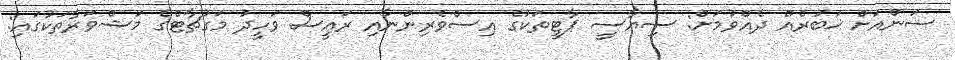
ސަންއަށް ޚަބަރެއް ދެއްވުމަށް: ސިޔާސީ ޕާޓީތަކުގެ އިސްވެރިންނާއި ރައީސް ވަހީދު މަގުޗާޓްގެ މަޝްވަރާތަކުގައި: